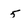
Character: 5